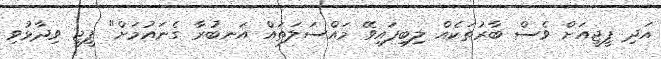
އަދި ޕީޖީއަށް ވެސް ބާރުތަކެއް ލިބިފައިވޭ މައްސަލަތައް އަނބުރާ ގެނައުމަށް" ޕީޖީ ވިދާޅުވި